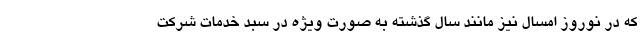
که در نوروز امسال نیز مانند سال گذشته به صورت ویژه در سبد خدمات شرکت